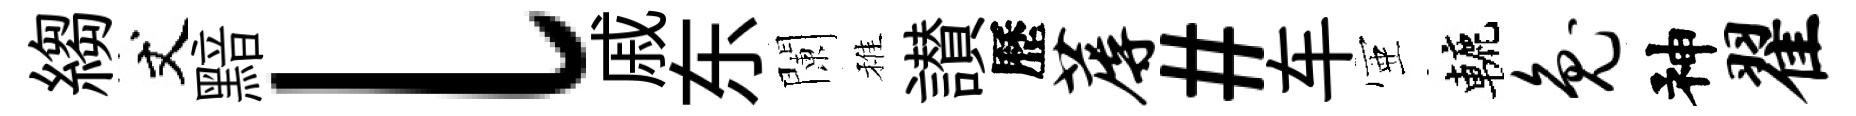
縐丈黯l戚东闌稚讃歷蓐#车壺轆兔神翟